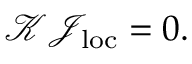
\begin{array} { r } { \mathcal { K } \mathcal { J } _ { \mathrm { l o c } } = 0 . } \end{array}